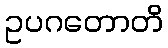
ဥပဂတောတိ